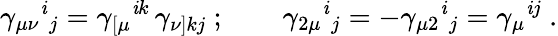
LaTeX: \gamma_{\mu\nu}{}^{\mathit{i}}{}_{j}=\gamma_{[\mu}{}^{\mathit{i}k}\, \gamma_{\nu]kj}\ ;\qquad\gamma_{2\mu}{}^{\mathit{i}}{}_{j}=-\gamma_{\mu2}{}^{\mathit{i}}{}_{j}=\gamma_{\mu}{}^{\mathit{i}j}\ .